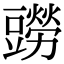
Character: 𧰎